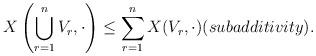
LaTeX: \begin{align*}X\left( \bigcup_{r=1}^n V_r , \cdot \right) \leq \sum_{r=1}^n X(V_r,\cdot ) (subadditivity).\end{align*}